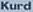
Kurd